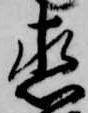
直